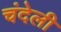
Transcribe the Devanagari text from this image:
चंदेली